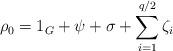
LaTeX: \begin{align*} \rho_0 = 1_G + \psi + \sigma + \sum^{q/2}_{i=1}\zeta_i\end{align*}